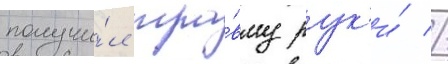
получи́л тра́вму рук'и́ //